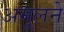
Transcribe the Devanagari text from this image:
अमूलने